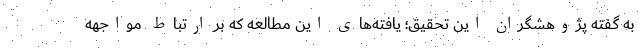
به گفته پژوهشگران این تحقیق؛ یافته‌های این مطالعه که بر ارتباط مواجهه